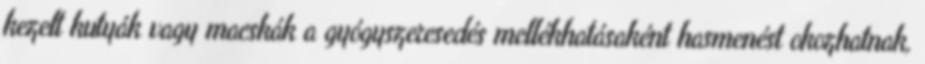
kezelt kutyák vagy macskák a gyógyszeresedés mellékhatásaként hasmenést okozhatnak,